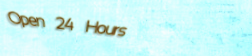
Open 24 Hours